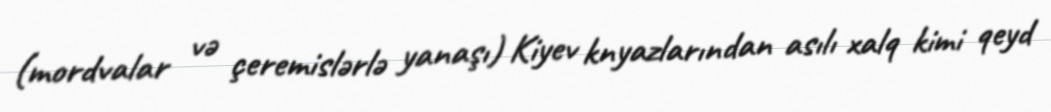
(mordvalar və çeremislərlə yanaşı) Kiyev knyazlarından asılı xalq kimi qeyd